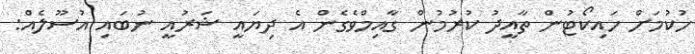
ހުކުމަށް ހައިކޯޓުން ތާއީދު ކުރުމުން ގާއިމްވެގެން އެ ދިޔައީ ޝަރުއީ ނުބައި އުސޫލެއް: